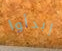
إبدأوا